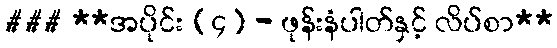
### **အပိုင်း (၄) - ဖုန်းနံပါတ်နှင့် လိပ်စာ**